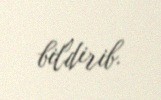
bildirib.